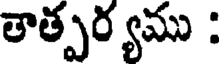
తాత్పర్యము :